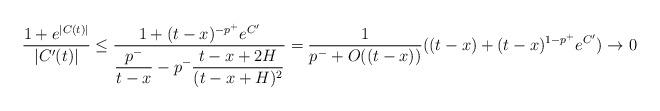
LaTeX: \begin{align*}\frac{1+e^{\vert C(t)\vert}}{\vert C'(t)\vert}\leq \frac{1+(t-x)^{-p^+}e^{C'}}{\displaystyle\frac{p^-}{t-x}-p^-\frac{t-x+2H}{(t-x+H)^2}}=\frac{1}{p^-+O((t-x))}((t-x)+(t-x)^{1-p^+}e^{C'})\to 0\end{align*}